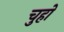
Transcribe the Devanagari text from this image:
चुहो